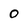
Character: 0